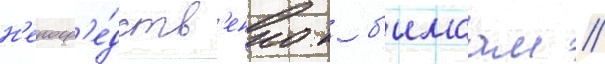
н'епоср'е́дств'енно к б'имсам //